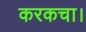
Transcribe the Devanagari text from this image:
करकचा।